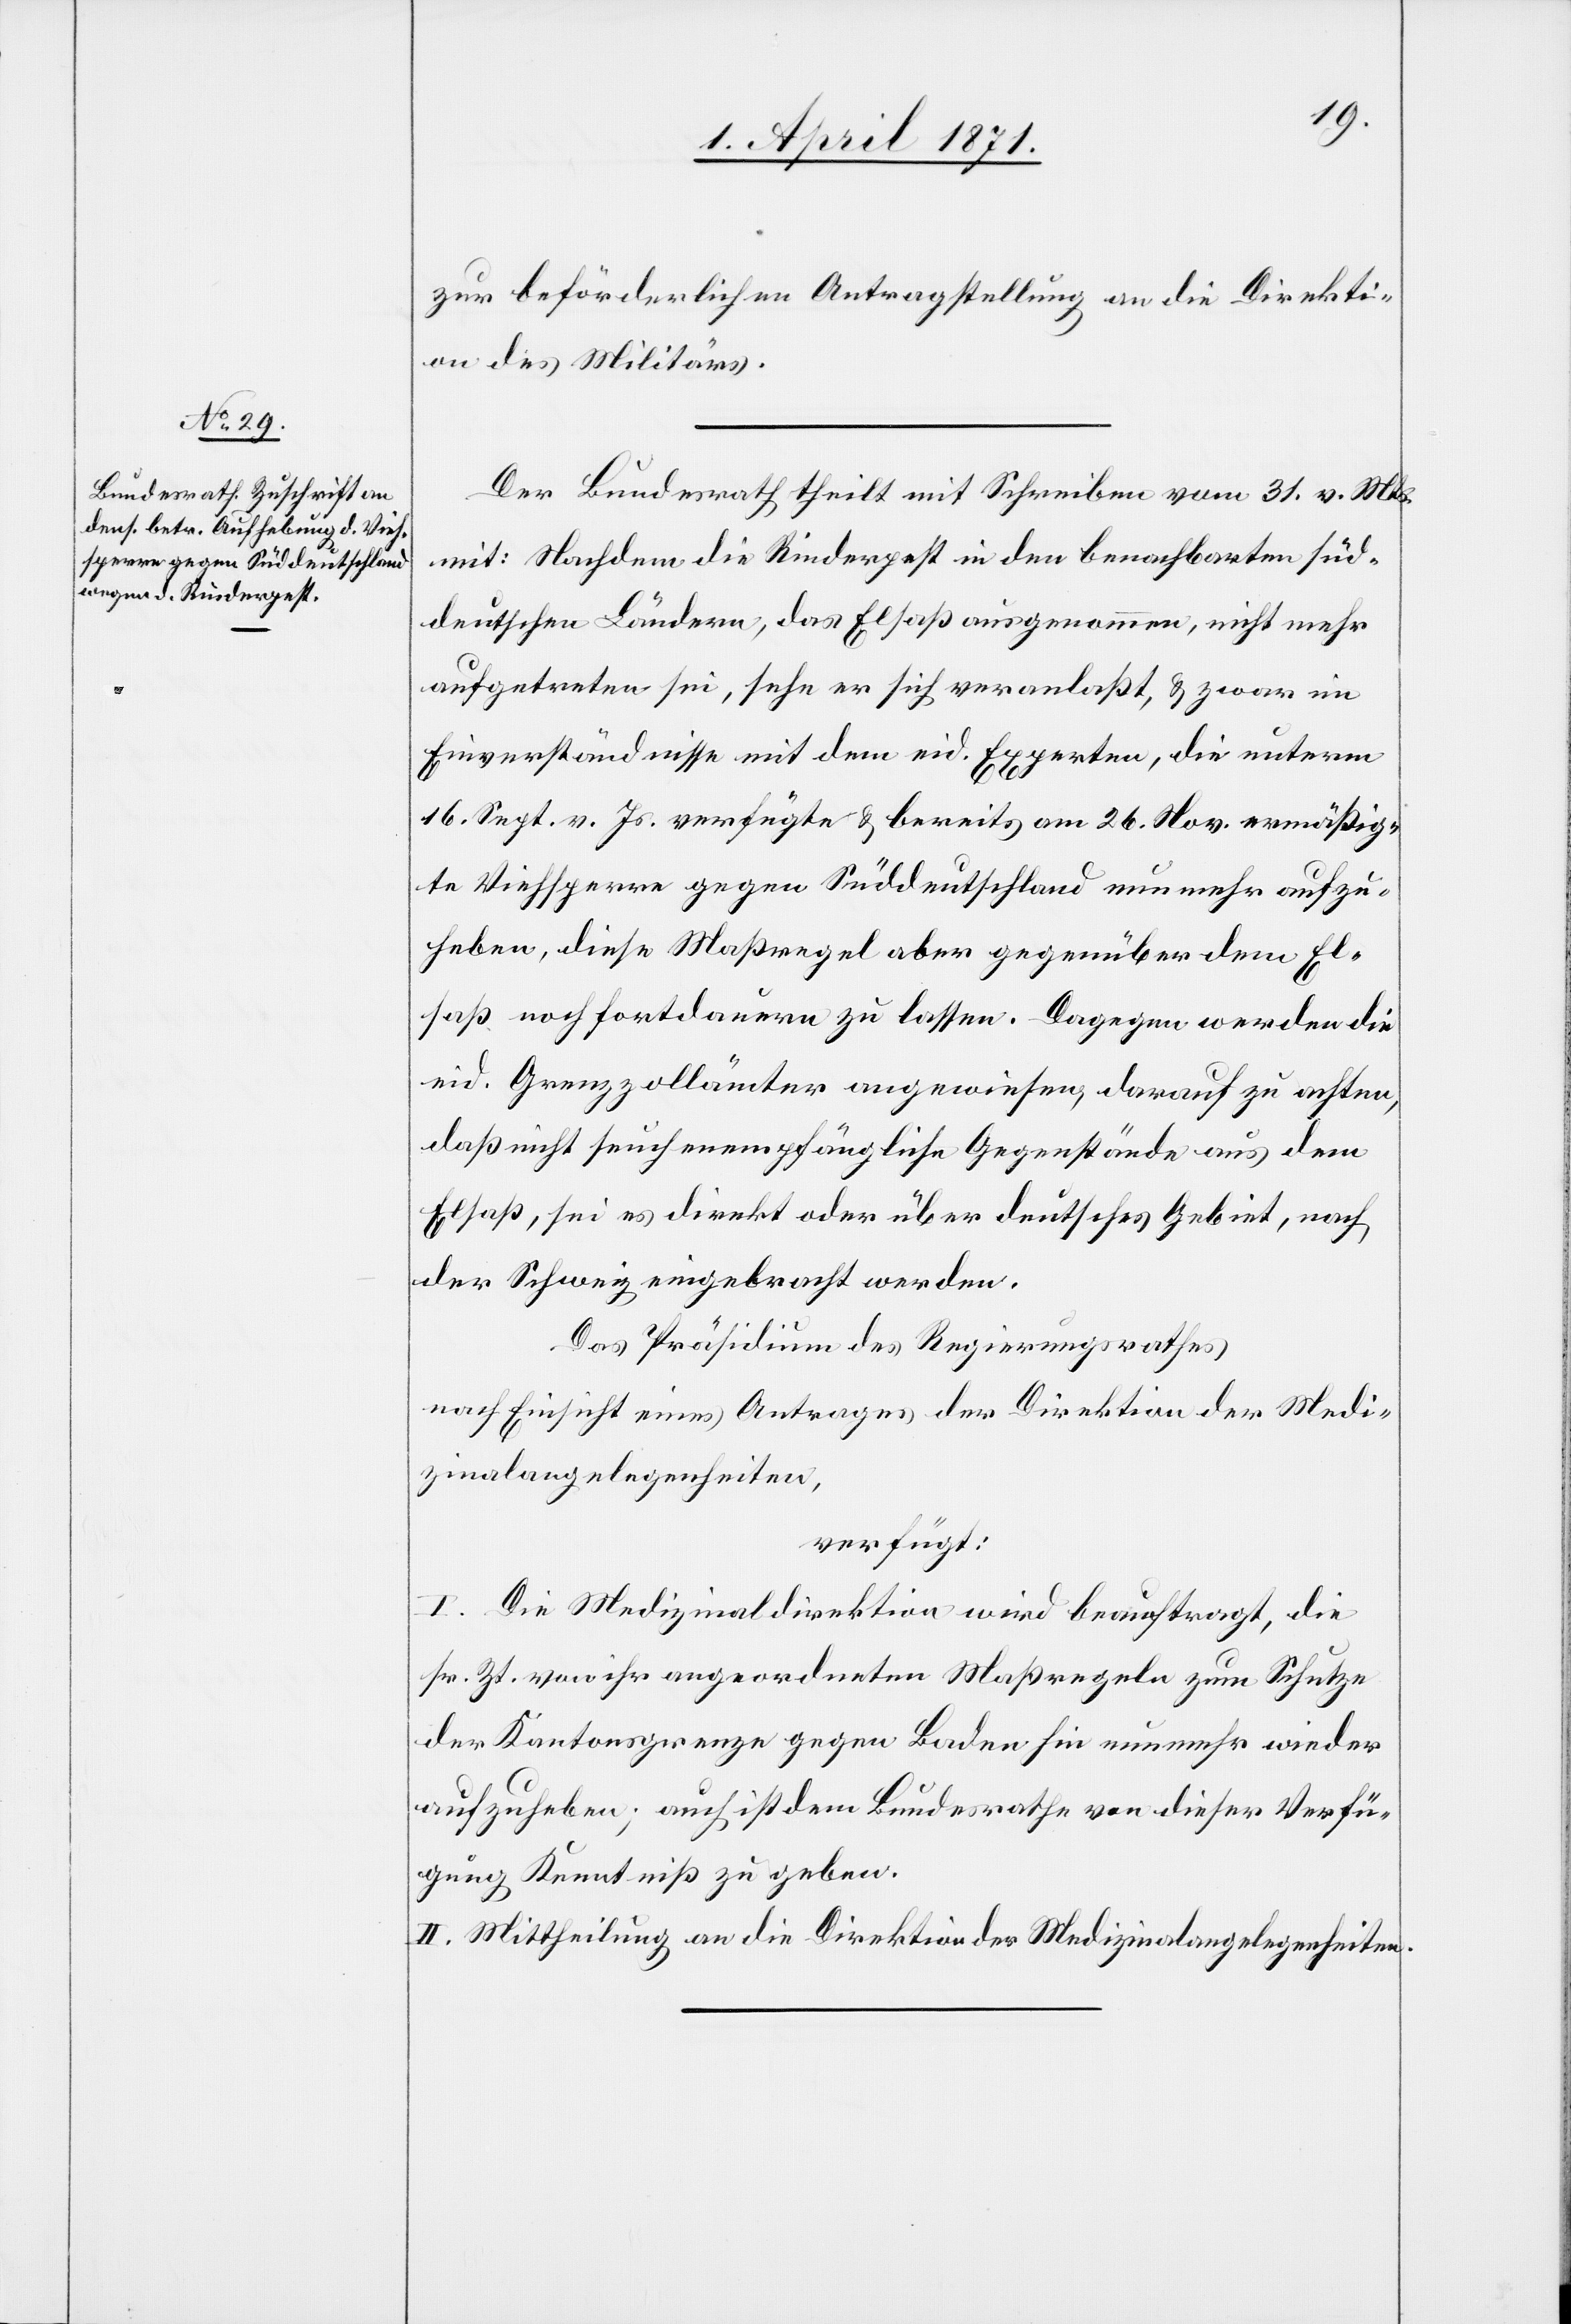
3. April 1871.]
zur beförderlichen Antragstellung an die Direkti¬
on des Militärs.
Der Bundesrath theilt mit Schreiben vom 31. v. Mts.
mit: Nachdem die Rinderpest in den benachbarten süd¬
deutschen Ländern, das Elsaß ausgenommen, nicht mehr
aufgetreten sei, sehe er sich veranlaßt, u. zwar im
Einverständnisse mit dem eid. Experten, die unterm
16. Sept. v. Js. verfügte u. bereits am 26. Nov. ermäßig¬
te Viehsperre gegen Süddeutschland nunmehr aufzu¬
heben, diese Maßregel aber gegenüber dem El¬
saß noch fortdauern zu lassen. Dagegen werden die
eid. Grenzzollämter angewiesen, darauf zu achten,
daß nicht seuchenempfängliche Gegenstände aus dem
Elsaß, sei es direkt oder über deutsches Gebiet, nach
der Schweiz eingebracht werden.
Das Präsidium des Regierungsrathes
nach Einsicht eines Antrages der Direktion der Medi¬
zinalangelegenheiten,
verfügt:
I. Die Medizinaldirektion wird beauftragt, die
sr. Zt. von ihr angeordneten Maßregeln zum Schutze
der Kantonsgrenze gegen Baden hin nunmehr wieder
aufzuheben; auch ist dem Bundesrathe von dieser Verfü¬
gung Kenntniß zu geben.
II. Mittheilung an die Direktion der Medizinalangelegenheiten.